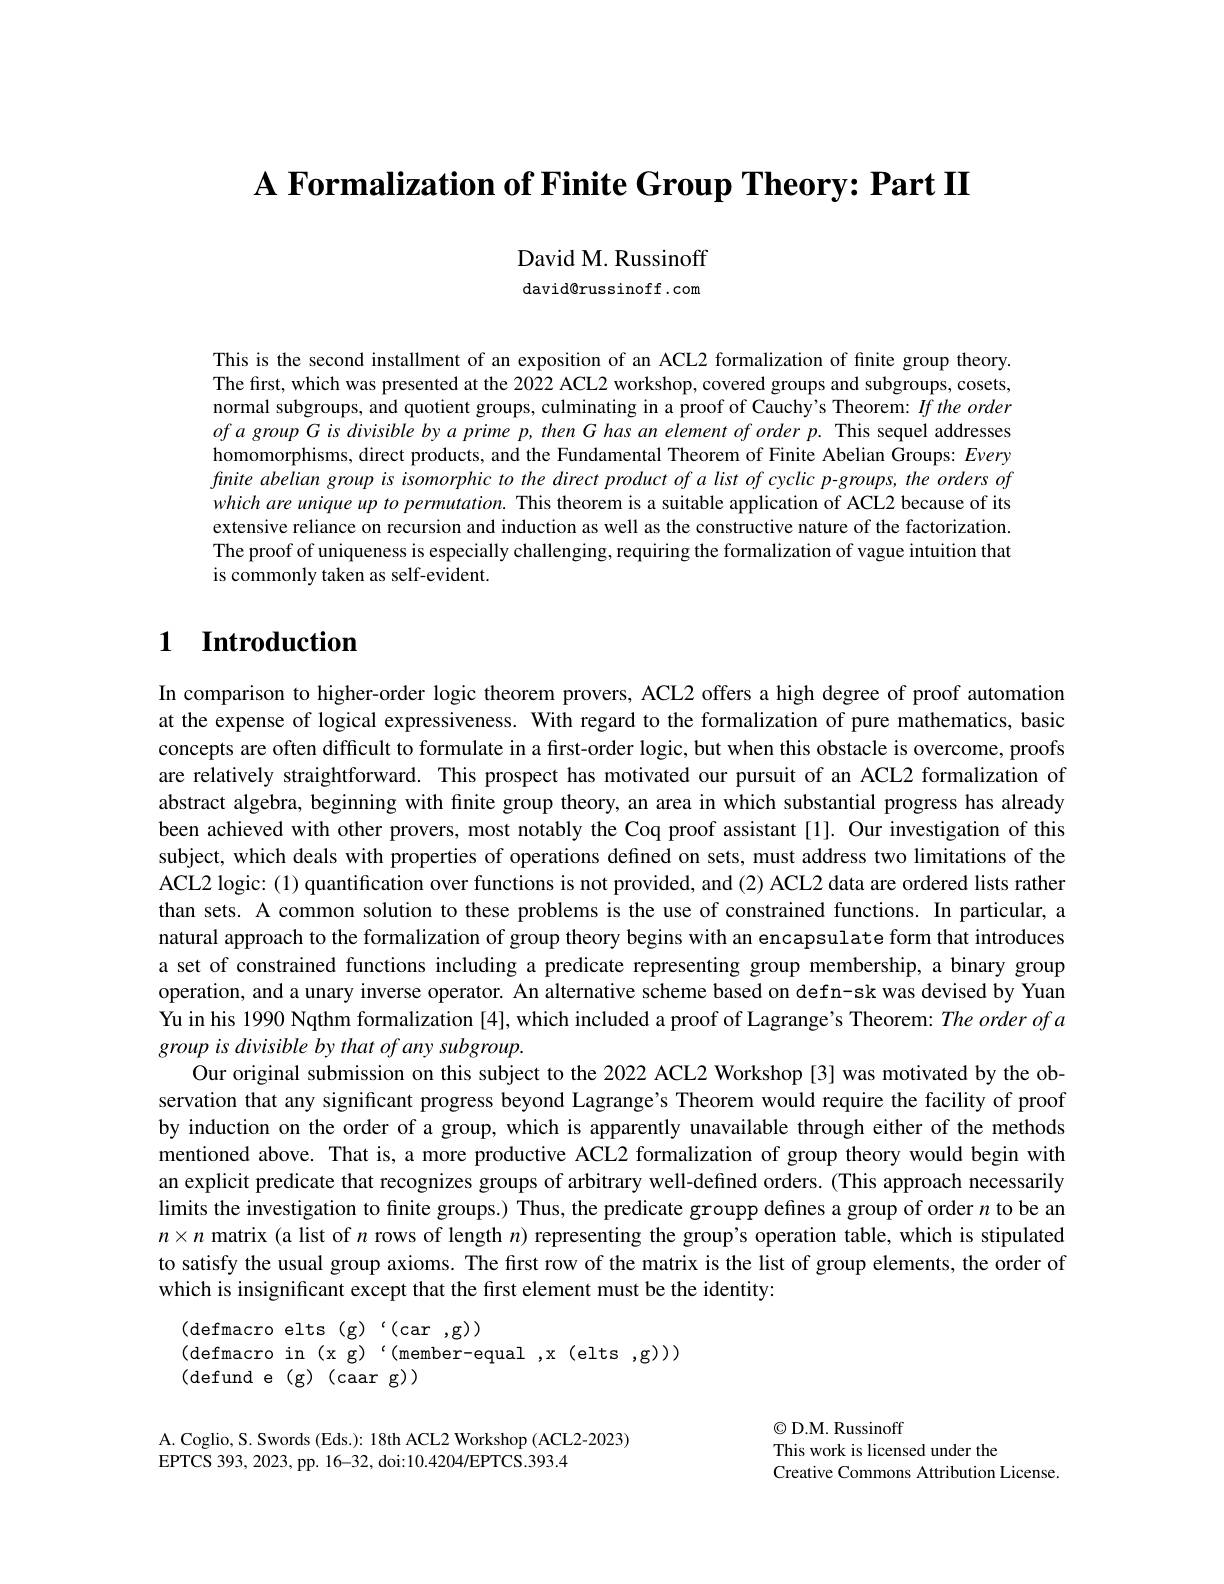
A Formalization of Finite Group Theory: Part II

David M. Russinoff

david@russinoff.com

This is the second installment of an exposition of an ACL2 formalization of finite group theory. The first, which was presented at the 2022 ACL2 workshop, covered groups and subgroups, cosets, normal subgroups, and quotient groups, culminating in a proof of Cauchy's Theorem: $If$ the order $ofagroupGisdivisiblebyaprimep,thenGhasanelementoforderp.$ This sequel addresses homomorphisms, direct products, and the Fundamental Theorem of Finite Abelian Groups: Every finite abelian group is isomorphic to the direct product of a list of cyclic p-groups, the orders of which are unique up to permutation. This theorem is a suitable application of ACL2 because of its extensive reliance on recursion and induction as well as the constructive nature of the factorization. The proof of uniqueness is especially challenging, requiring the formalization of vague intuition that is commonly taken as self-evident.

# $\textbf{1}$ Introduction

In comparison to higher-order logic theorem provers, ACL2 offers a high degree of proof automation at the expense of logical expressiveness. With regard to the formalization of pure mathematics, basic concepts are often difficult to formulate in a first-order logic, but when this obstacle is overcome, proofs are relatively straightforward. This prospect has motivated our pursuit of an ACL2 formalization of abstract algebra, beginning with finite group theory, an area in which substantial progress has already been achieved with other provers, most notably the Coq proof assistant [l]. Our investigation of this subject, which deals with properties of operations defined on sets, must address two limitations of the ACL2 logic: (1) quantification over functions is not provided, and (2) ACL2 data are ordered lists rather than sets. A common solution to these problems is the use of constrained functions. In particular, a natural approach to the formalization of group theory begins with an encapsulate form that introduces a set of constrained functions including a predicate representing group membership, a binary group operation, and a unary inverse operator. An alternative scheme based on defn-sk was devised by Yuan Yu in his 1990 Nqthm formalization [4], which included a proof of Lagrange's Theorem: $The\textit{order of andichin }$ group is divisible by that of any subgroup.
Our original submission on this subject to the 2022 ACL2 Workshop [3] was motivated by the observation that any significant progress beyond Lagrange's Theorem would require the facility of proof by induction on the order of a group, which is apparently unavailable through either of the methods mentioned above. That is, a more productive ACL2 formalization of group theory would begin with an explicit predicate that recognizes groups of arbitrary well-defined orders. (This approach necessarily limits the investigation to finite groups.) Thus, the predicate groupp defines a group of order $n$ to be an $n\times n$ matrix (a list of $n$ rows of length $n)$ representing the group's operation table, which is stipulated to satisfy the usual group axioms. The first row of the matrix is the list of group elements, the order of which is insignificant except that the first element must be the identity:

$\begin{array}{ll}{(\mathrm{defmacro~elts~(g)}}&{{\mathrm{`(car~,g))}}}\\{(\mathrm{defmacro~in~(x~g)}}&{{\mathrm{`(member-equal~,x~(elts~,g)))}}}\end{array}$
(defund e$(g)($caar g))

A. Coglio, S. Swords (Eds.): 18th ACL2 Workshop (ACL2-2023)
EPTCS 393, 2023, pp. 16-32, doi:10.4204/EPTCS.393.4

$\textcircled{\mathrm{C}}$D.M. Russinoff
This work is licensed under the
Creative Commons Attribution License.